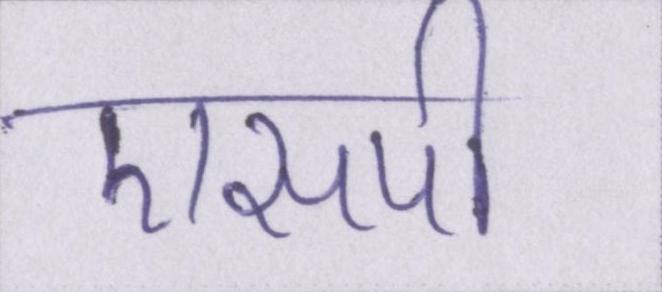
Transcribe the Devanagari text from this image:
एसपी